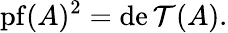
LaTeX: \operatorname{pf}(A)^{2}=\operatorname*{de\mathcal{T}}(A).